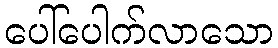
ပေါ်ပေါက်လာသော